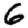
Digit: 6